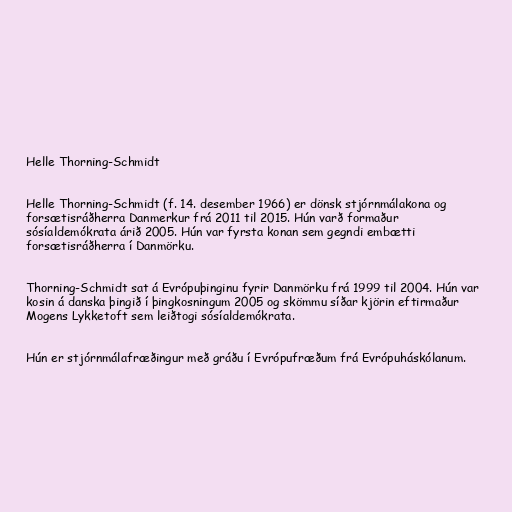
Helle Thorning-Schmidt

Helle Thorning-Schmidt (f. 14. desember 1966) er dönsk stjórnmálakona og
forsætisráðherra Danmerkur frá 2011 til 2015. Hún varð formaður
sósíaldemókrata árið 2005. Hún var fyrsta konan sem gegndi embætti
forsætisráðherra í Danmörku.

Thorning-Schmidt sat á Evrópuþinginu fyrir Danmörku frá 1999 til 2004. Hún var
kosin á danska þingið í þingkosningum 2005 og skömmu síðar kjörin eftirmaður
Mogens Lykketoft sem leiðtogi sósíaldemókrata.

Hún er stjórnmálafræðingur með gráðu í Evrópufræðum frá Evrópuháskólanum.